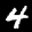
Label: 4